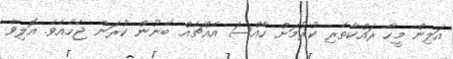
އަލިން މީހާ ރައްކާތެރި ކުރުމަށް ހާއްސަ އެއްޗެއް ބޭނުން ކުރަން ޖެހެއެވެ. އޮލިވާ